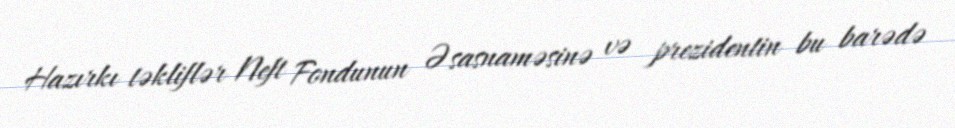
Hazırkı təkliflər Neft Fondunun Əsasnaməsinə və prezidentin bu barədə